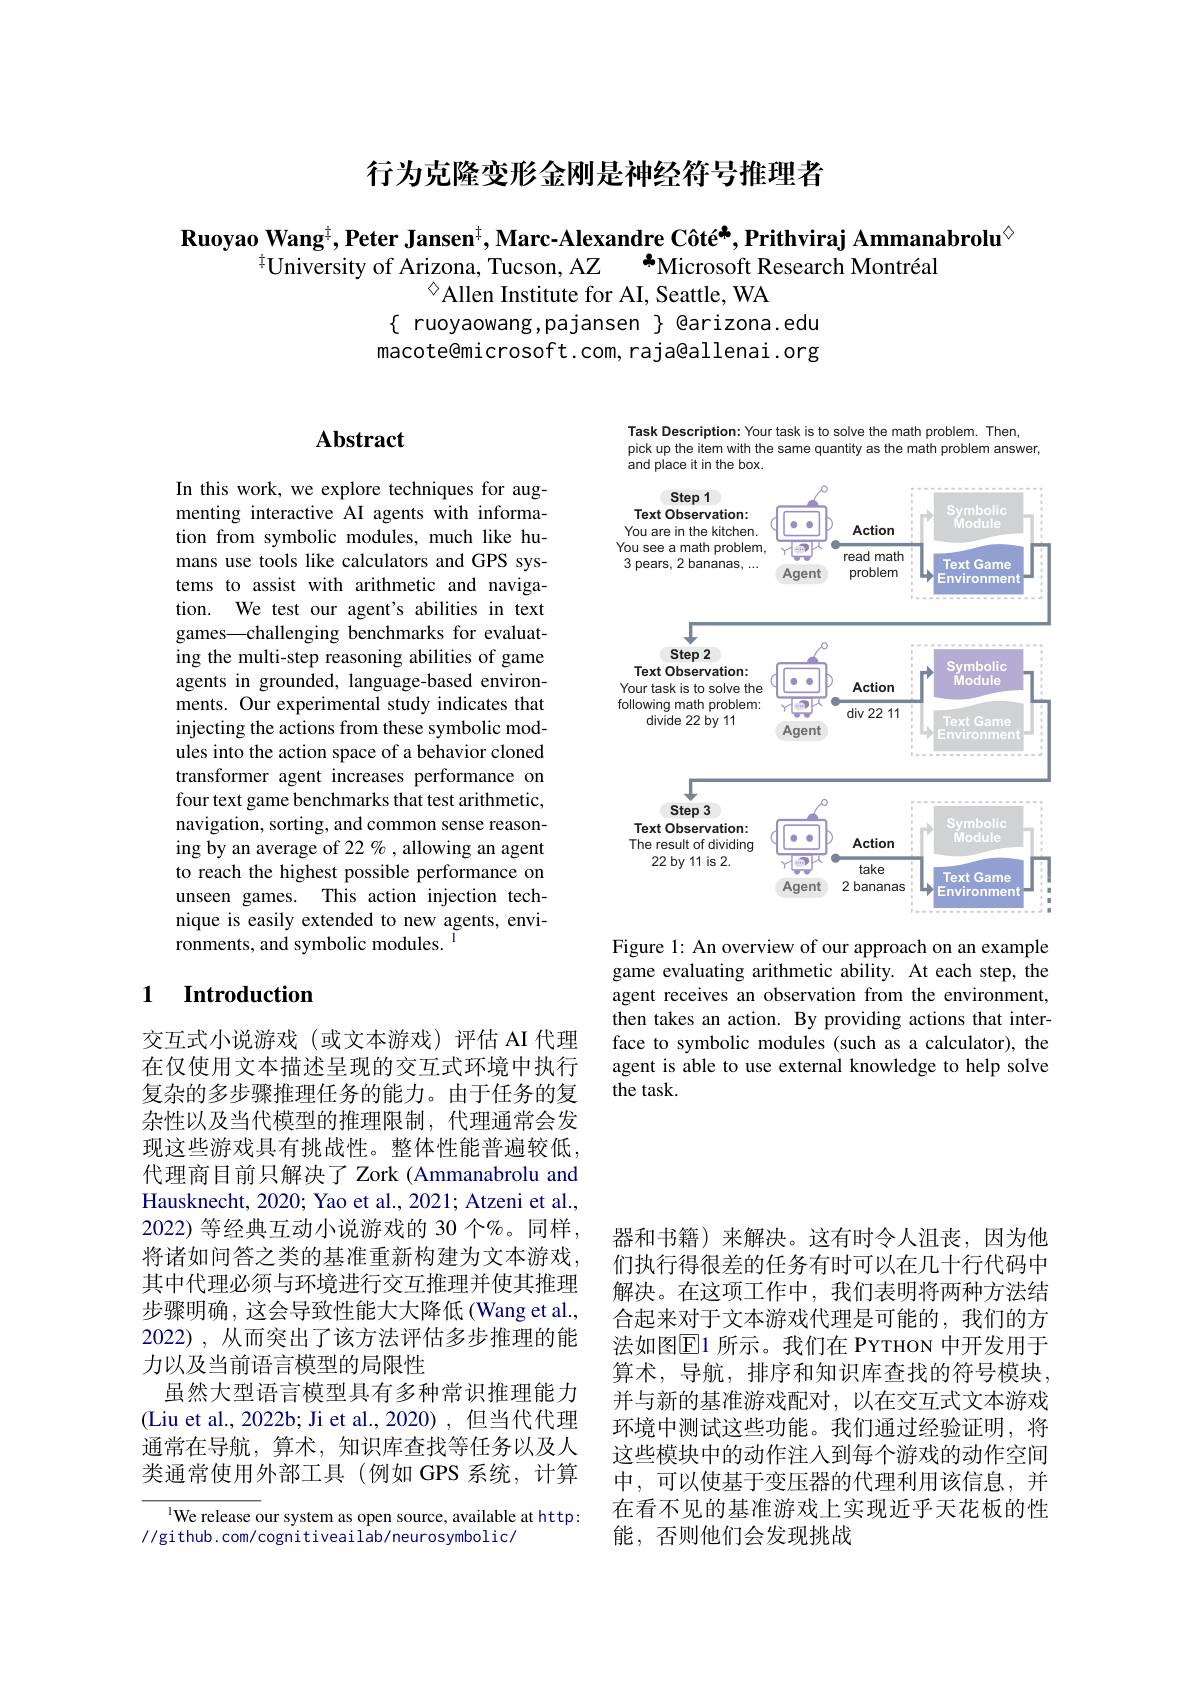
# 行为克隆变形金刚是神经符号推理者

Ruoyao Wang$^{\ddagger},\textbf{Peter Jansen}^{\ddagger},\text{Marc-Alexandre Côté}^{\#}$,Prithviraj Ammanabrolu$^{\textcircled{\mathrm{s}}}$
$^{\dagger}$University of Arizona, Tucson, AZ Microsoft Research Montréal
$^{\diamond}$Allen Institute for AI, Seattle, WA
$\{$ ruoyaowang,pajansen $\}$ @arizona.edu macote@microsoft.com, raja@allenai.org

# $\mathbf{Abstract}$

In this work, we explore techniques for augmenting interactive AI agents with information from symbolic modules, much like humans use tools like calculators and GPS systems to assist with arithmetic and navigation. We test our agent's abilities in text games—challenging benchmarks for evaluating the multi-step reasoning abilities of game agents in grounded, language-based environments. Our experimental study indicates that injecting the actions from these symbolic modules into the action space of a behavior cloned transformer agent increases performance on four text game benchmarks that test arithmetic, navigation, sorting, and common sense reasoning by an average of 22 % , allowing an agent to reach the highest possible performance on unseen games. This action injection technique is easily extended to new agents, envi- $\hat{\text{ronments, and symbolic modules.}}$

## 1 $\textbf{Introduction}$

交互式小说游戏(或文本游戏)评估 AI 代理在仅使用文本描述呈现的交互式环境中执行复杂的多步骤推理任务的能力。由于任务的复杂性以及当代模型的推理限制，代理通常会发现这些游戏具有挑战性。整体性能普遍较低， 代理商目前只解决了 Zork (Ammanabrolu and Hausknecht, 2020; Yao et al., 2021; Atzeni et al. 2022) 等经典互动小说游戏的 30 个%。同样， 将诸如问答之类的基准重新构建为文本游戏其中代理必须与环境进行交互推理并使其推理步骤明确 , 这会导致性能大大降低 (Wang et al., 2022),从而突出了该方法评估多步推理的能力以及当前语言模型的局限性
虽然大型语言模型具有多种常识推理能力(Liu et al., 2022b; Ji et al., 2020) ,但当代代理通常在导航，算术，知识库查找等任务以及人类通常使用外部工具(例如 GPS 系统，计算

$^{1}$We release our system as open source, available at http:
//github.com/cognitiveailab/neurosymbolic/

Task Description: Your task is to solve the math problem. Then
pick up the item with the same quantity as the math problem answer
<FigureHere>

Figure 1: An overview of our approach on an example game evaluating arithmetic ability. At each step, the agent receives an observation from the environment, then takes an action. By providing actions that interface to symbolic modules (such as a calculator), the agent is able to use external knowledge to help solve the task.

器和书籍)来解决。这有时令人沮丧，因为他们执行得很差的任务有时可以在几十行代码中解决。在这项工作中，我们表明将两种方法结合起来对于文本游戏代理是可能的，我们的方法如图$\overline{\mathrm{E}}$1 所示。我们在 PYTHON 中开发用于算术，导航，排序和知识库查找的符号模块， 并与新的基准游戏配对，以在交互式文本游戏环境中测试这些功能。我们通过经验证明，将这些模块中的动作注人到每个游戏的动作空间中，可以使基于变压器的代理利用该信息，并在看不见的基准游戏上实现近乎天花板的性能，否则他们会发现挑战